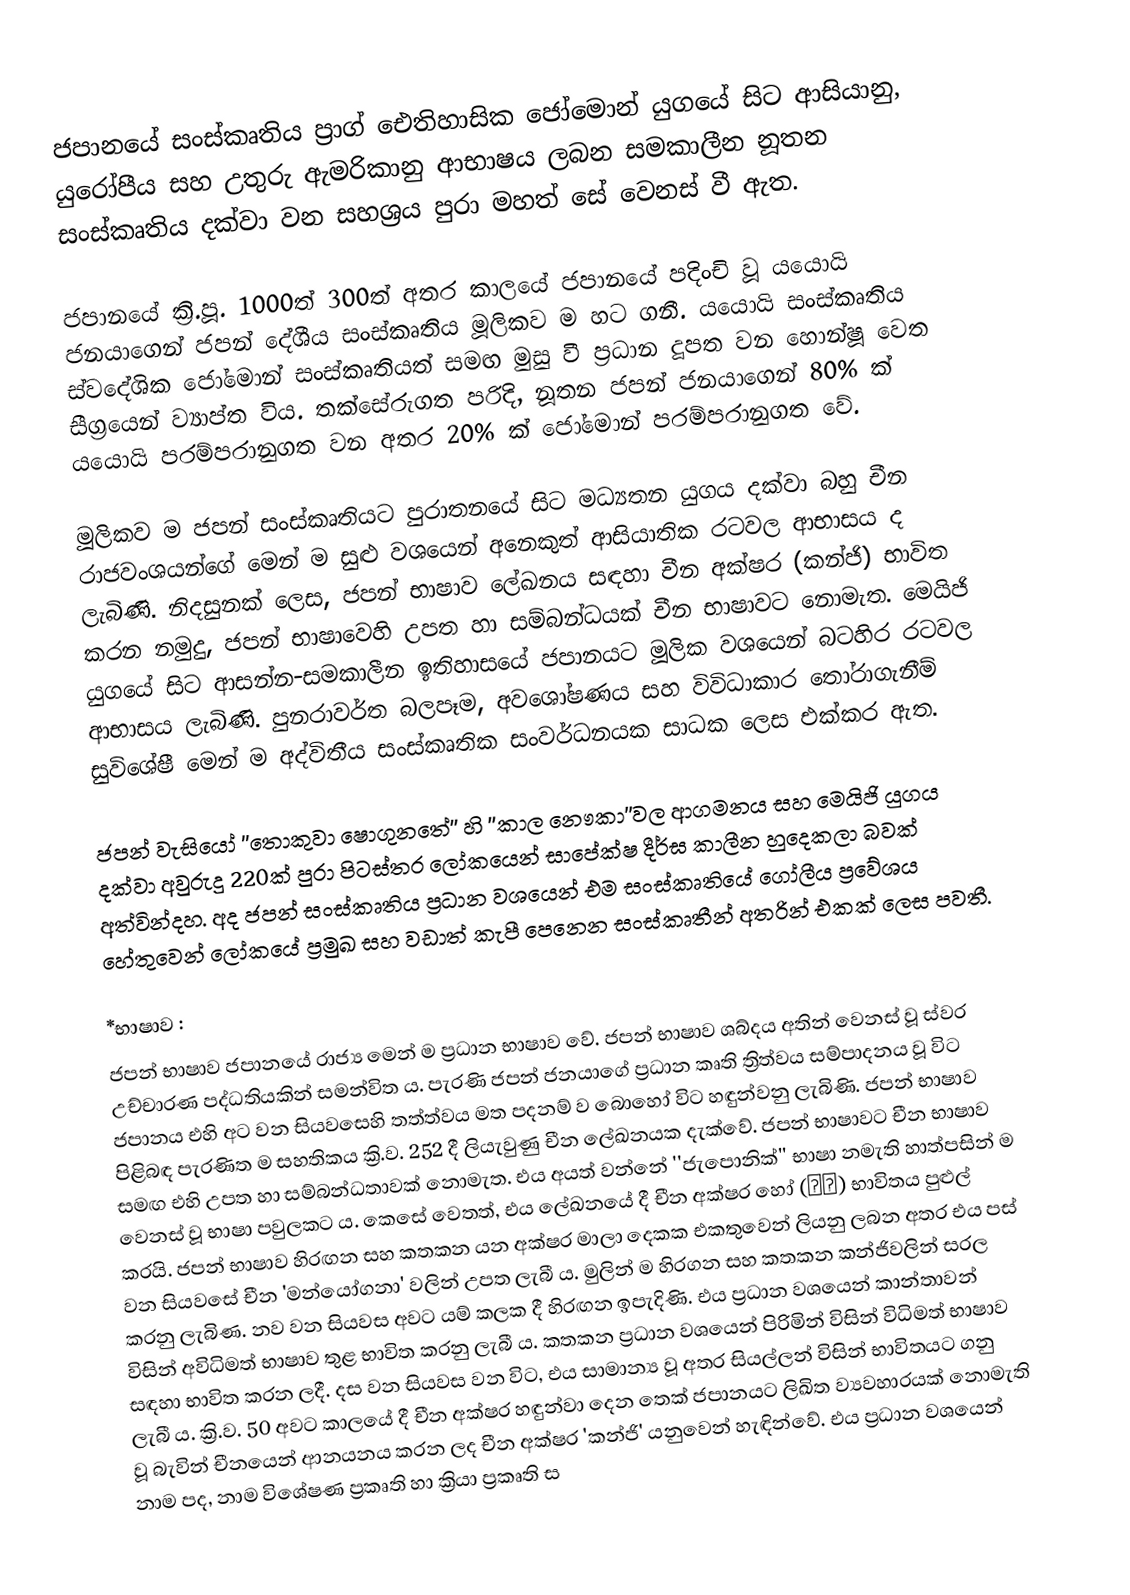
ජපානයේ සංස්කෘතිය ප්‍රාග් ඓතිහාසික ජෝමොන් යුගයේ සිට ආසියානු, යුරෝපීය සහ උතුරු ඇමරිකානු ආභාෂය ලබන සමකාලීන නූතන සංස්කෘතිය දක්වා වන සහශ්‍රය පුරා මහත් සේ වෙනස් වී ඇත.

ජපානයේ ක්‍රි.පූ. 1000ත් 300ත් අතර කාලයේ ජපානයේ පදිංචි වූ යයොයි ජනයාගෙන් ජපන් දේශීය සංස්කෘතිය මූලිකව ම හට ගනී. යයොයි සංස්කෘතිය ස්වදේශික ජෝමොන් සංස්කෘතියත් සමඟ මුසු වී ප්‍රධාන දූපත වන හොන්ෂූ වෙත සීග්‍රයෙන් ව්‍යාප්ත විය. තක්සේරුගත පරිදි, නූතන ජපන් ජනයාගෙන් 80% ක් යයොයි පරම්පරානුගත වන අතර 20% ක් ජෝමොන් පරම්පරානුගත වේ.

මූලිකව ම ජපන් සංස්කෘතියට පුරාතනයේ සිට මධ්‍යතන යුගය දක්වා බහු චීන රාජවංශයන්ගේ මෙන් ම සුළු වශයෙන් අනෙකුත් ආසියාතික රටවල ආභාසය ද ලැබිණි. නිදසුනක් ලෙස, ජපන් භාෂාව ලේඛනය සඳහා චීන අක්ෂර (කන්ජි) භාවිත කරන නමුදු, ජපන් භාෂාවෙහි උපත හා සම්බන්ධයක් චීන භාෂාවට නොමැත. මෙයිජි යුගයේ සිට ආසන්න-සමකාලීන ඉතිහාසයේ ජපානයට මූලික වශයෙන් බටහිර රටවල ආභාසය ලැබිණි. පුනරාවර්ත බලපෑම, අවශෝෂණය සහ විවිධාකාර තෝරාගැනීම් සුවිශේෂී මෙන් ම අද්විතීය සංස්කෘතික සංවර්ධනයක සාධක ලෙස එක්කර ඇත.

ජපන් වැසියෝ ''තොකුවා ෂොගුනතේ'' හි ''කාල නෞකා''වල ආගමනය සහ මෙයිජි යුගය දක්වා අවුරුදු 220ක් පුරා පිටස්තර ලෝකයෙන් සාපේක්ෂ දීර්ඝ කාලීන හුදෙකලා බවක් අත්වින්දහ. අද ජපන් සංස්කෘතිය ප්‍රධාන වශයෙන් එම සංස්කෘතියේ ගෝලීය ප්‍රවේශය හේතුවෙන් ලෝකයේ ප්‍රමුඛ සහ වඩාත් කැපී පෙනෙන සංස්කෘතීන් අතරින් එකක් ලෙස පවතී.

*භාෂාව :
ජපන් භාෂාව ජපානයේ රාජ්‍ය මෙන් ම ප්‍රධාන භාෂාව වේ. ජපන් භාෂාව ශබ්දය අතින් වෙනස් වූ ස්වර උච්චාරණ පද්ධතියකින් සමන්විත ය. පැරණි ජපන් ජනයාගේ ප්‍රධාන කෘති ත්‍රිත්වය සම්පාදනය වූ විට ජපානය එහි අට වන සියවසෙහි තත්ත්වය මත පදනම් ව බොහෝ විට හඳුන්වනු ලැබිණි. ජපන් භාෂාව පිළිබඳ පැරණිත ම සහතිකය ක්‍රි.ව. 252 දී ලියැවුණු චීන ලේඛනයක දැක්වේ. ජපන් භාෂාවට චීන භාෂාව සමඟ එහි උපත හා සම්බන්ධතාවක් නොමැත. එය අයත් වන්නේ ''ජැපොනික්'' භාෂා නමැති හාත්පසින් ම වෙනස් වූ භාෂා පවුලකට ය. කෙසේ වෙතත්, එය ලේඛනයේ දී චීන අක්ෂර හෝ (漢字) භාවිතය පුළුල් කරයි. ජපන් භාෂාව හිරඟන සහ කතකන යන අක්ෂර මාලා දෙකක එකතුවෙන් ලියනු ලබන අතර එය පස් වන සියවසේ චීන 'මන්යෝගනා' වලින් උපත ලැබී ය. මුලින් ම හිරගන සහ කතකන කන්ජිවලින් සරල කරනු ලැබිණ. නව වන සියවස අවට යම් කලක දී හිරඟන ඉපැදිණි. එය ප්‍රධාන වශයෙන් කාන්තාවන් විසින් අවිධිමත් භාෂාව තුළ භාවිත කරනු ලැබී ය. කතකන ප්‍රධාන වශයෙන් පිරිමින් විසින් විධිමත් භාෂාව සඳහා භාවිත කරන ලදී. දස වන සියවස වන විට, එය සාමාන්‍ය වූ අතර සියල්ලන් විසින් භාවිතයට ගනු ලැබී ය. ක්‍රි.ව. 50 අවට කාලයේ දී චීන අක්ෂර හඳුන්වා දෙන තෙක් ජපානයට ලිඛිත ව්‍යවහාරයක් නොමැති වූ බැවින් චීනයෙන් ආනයනය කරන ලද චීන අක්ෂර 'කන්ජි' යනුවෙන් හැඳින්වේ. එය ප්‍රධාන වශයෙන් නාම පද, නාම විශේෂණ ප්‍රකෘති හා ක්‍රියා ප්‍රකෘති ස